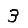
Digit: 3